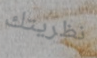
نظريتك